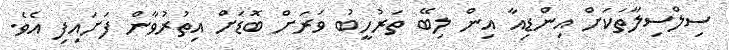
ސިލްސިލާތަކަށް އިންޑިއާ އިން ލިބޭ ތަރުހީބު ވަރަށް ބޮޑަށް އިތުރުވާން ފަށައިފި އެވެ.